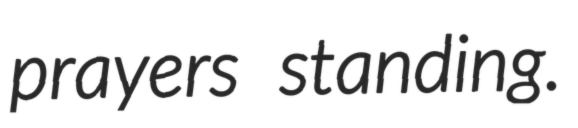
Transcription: prayers standing.